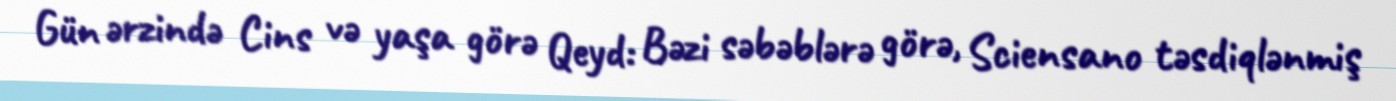
Gün ərzində Cins və yaşa görə Qeyd: Bəzi səbəblərə görə, Sciensano təsdiqlənmiş